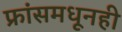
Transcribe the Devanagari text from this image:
फ्रांसमधूनही